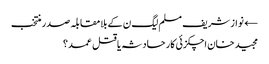
← نواز شریف مسلم لیگ ن کے بلامقابلہ صدر منتخب
مجید خان اچکزئی کار حادثہ یا قتل عمد؟